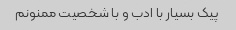
پیک بسیار با ادب و با شخصیت ممنونم